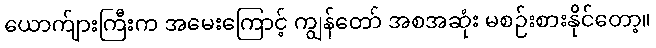
ယောက်ျားကြီးက အမေးကြောင့် ကျွန်တော် အစအဆုံး မစဉ်းစားနိုင်တော့။